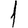
Digit: 1